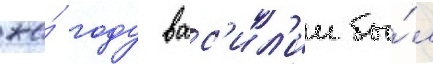
же́ году вас'ил'ии бы́л